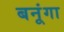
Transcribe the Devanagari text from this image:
बनूंगा